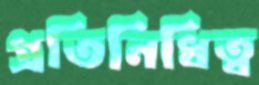
প্রতিনিধিত্ব